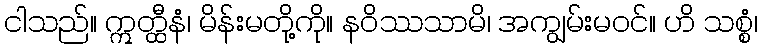
ငါသည်။ ဣတ္ထီနံ၊ မိန်းမတို့ကို။ နဝိဿသာမိ၊ အကျွမ်းမဝင်။ ဟိ သစ္စံ၊